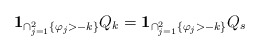
\begin{align*}\bold{1}_{\cap_{j=1}^2 \{\varphi_{j}> -k\}} Q_k =\bold{1}_{\cap_{j=1}^2\{\varphi_{j}> -k\}} Q_{s}\end{align*}